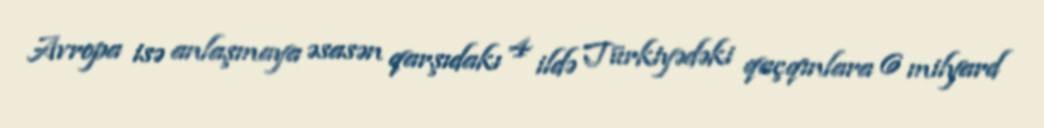
Avropa isə anlaşmaya əsasən qarşıdakı 4 ildə Türkiyədəki qaçqınlara 6 milyard